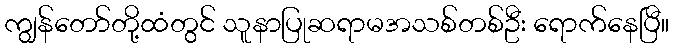
ကျွန်တော်တို့ထံတွင် သူနာပြုဆရာမအသစ်တစ်ဦး ရောက်နေပြီ။